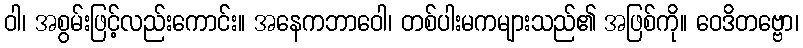
ဝါ၊ အစွမ်းဖြင့်လည်းကောင်း။ အနေကဘာဝေါ၊ တစ်ပါးမကများသည်၏ အဖြစ်ကို။ ဝေဒိတဗ္ဗော၊